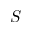
S